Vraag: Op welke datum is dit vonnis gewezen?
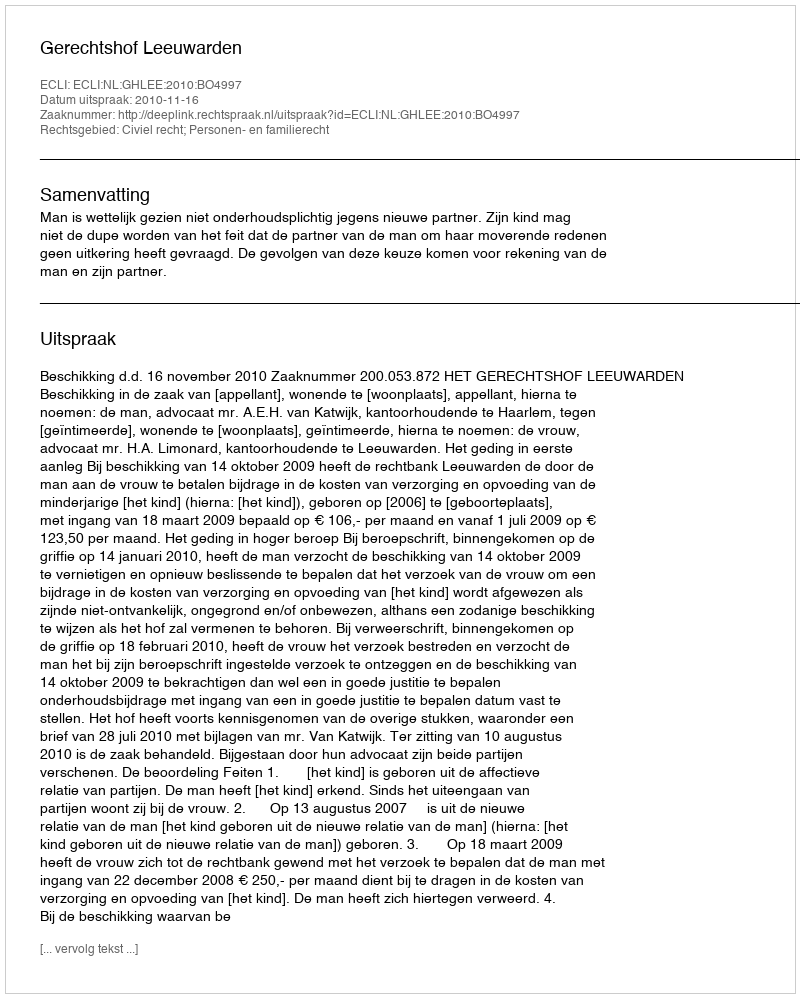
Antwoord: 2010-11-16